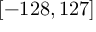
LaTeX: [ - 1 2 8 , 1 2 7 ]